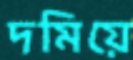
দমিয়ে